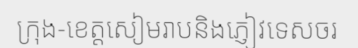
ក្រុង-ខេត្តសៀមរាបនិងភ្ញៀវទេសចរ